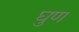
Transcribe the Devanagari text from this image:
घुण